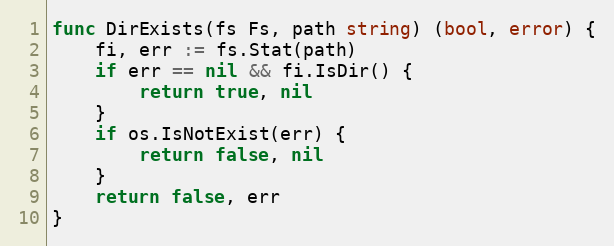
Language: Go
func DirExists(fs Fs, path string) (bool, error) {
	fi, err := fs.Stat(path)
	if err == nil && fi.IsDir() {
		return true, nil
	}
	if os.IsNotExist(err) {
		return false, nil
	}
	return false, err
}